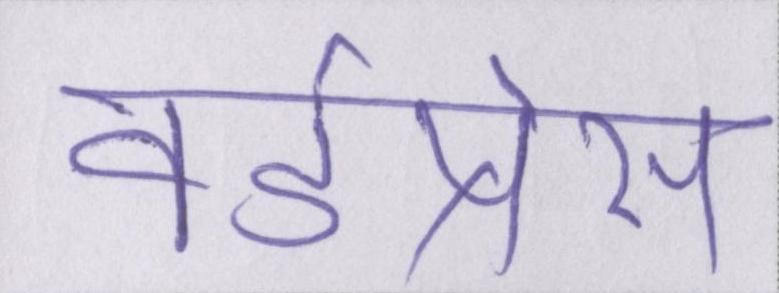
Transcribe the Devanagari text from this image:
वर्डप्रेस